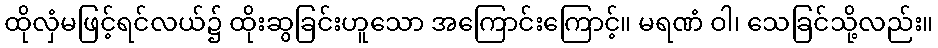
ထိုလှံမဖြင့်ရင်လယ်၌ ထိုးဆွခြင်းဟူသော အကြောင်းကြောင့်။ မရဏံ ဝါ၊ သေခြင်သို့လည်း။